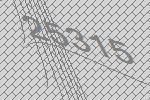
25315